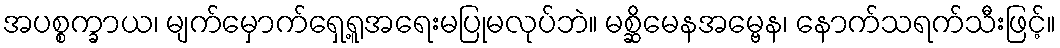
အပစ္စက္ခာယ၊ မျက်မှောက်ရှေ့ရူအရေးမပြုမလုပ်ဘဲ။ မစ္ဆိမေနအမ္ဗေန၊ နောက်သရက်သီးဖြင့်။